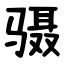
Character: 䯅